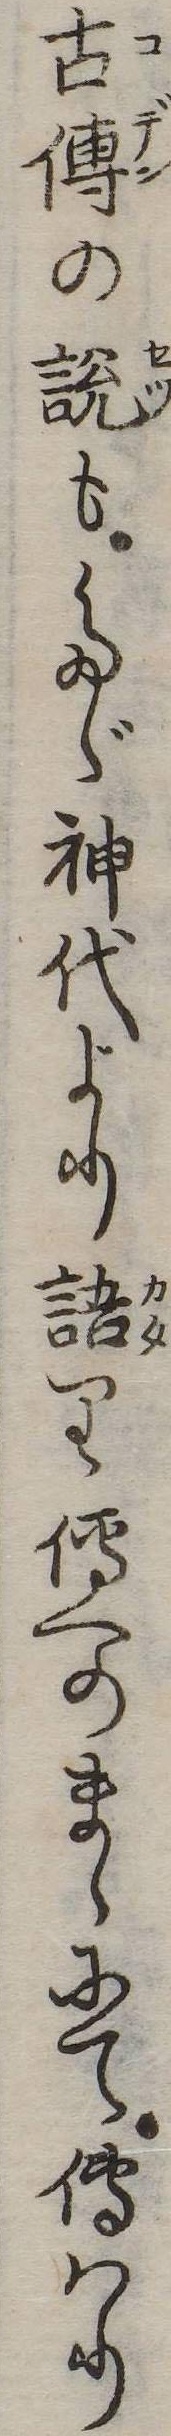
古伝の説もたゞ神代より語り伝へのまゝにて伝はり